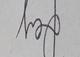
Signature authenticity: genuine